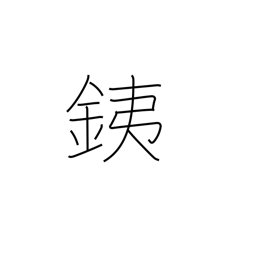
Meaning: iron